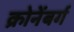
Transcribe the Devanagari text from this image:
क्रोनेंबर्ग